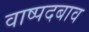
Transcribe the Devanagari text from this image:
वाष्पदबाव